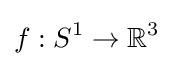
f:S^{1}\rightarrow \mathbb {R} ^{3}